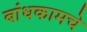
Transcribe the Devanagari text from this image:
बांधकामचे